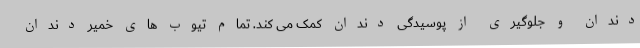
دندان و جلوگیری از پوسیدگی دندان کمک می کند. تمام تیوب های خمیر دندان